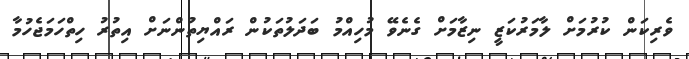
ވެރިކަން ކުރުމަށް ލާމަރުކަޒީ ނިޒާމަށް ގެނެވޭ މުހިއްމު ބަދަލުތަކުން ރައްޔިތުންނަށް އިތުރު ހިތްހަމަޖެހުމާ